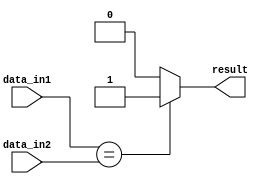
module serial_comparator(
    input wire data_in1,
    input wire data_in2,
    output reg result
);

always @(*) begin
    if(data_in1 == data_in2)
        result = 1'b1; //inputs are equal
    else if(data_in1 > data_in2)
        result = 1'b0; //data_in1 is greater than data_in2
    else
        result = 1'b0; //data_in1 is less than data_in2
end

endmodule